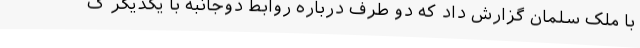
با ملک سلمان گزارش داد که دو طرف درباره روابط دوجانبه با یکدیگر گ